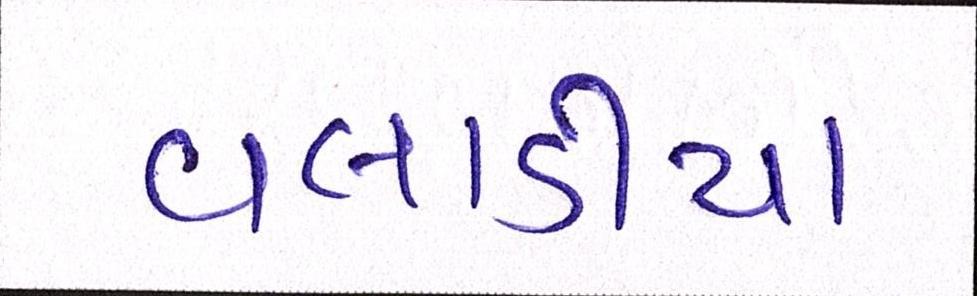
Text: વલાડીયા